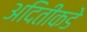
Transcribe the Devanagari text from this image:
अदितीकडे